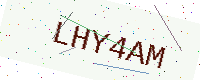
Text: LHY4AM